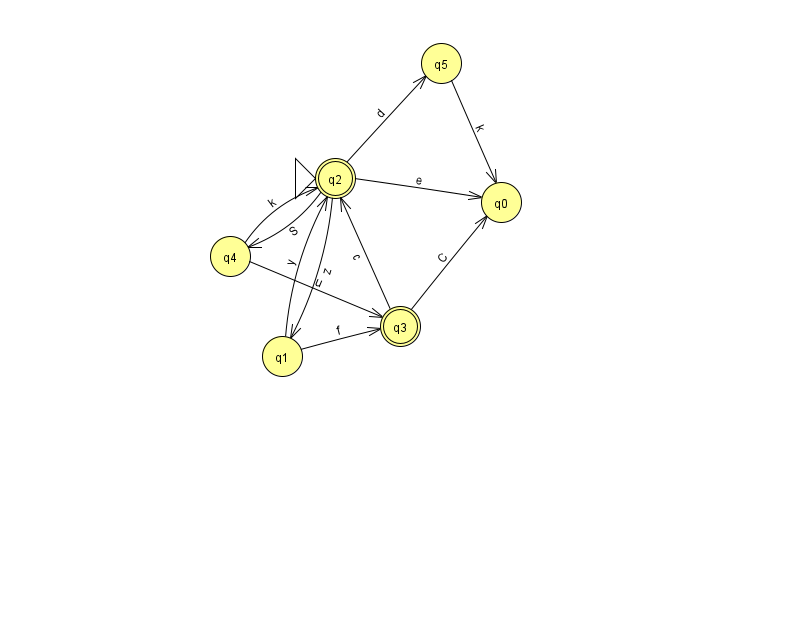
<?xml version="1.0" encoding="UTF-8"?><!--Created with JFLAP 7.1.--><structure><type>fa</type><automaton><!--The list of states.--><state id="0" name="q0"><x>501.0</x><y>189.0</y></state><state id="1" name="q1"><x>282.0</x><y>343.0</y></state><state id="2" name="q2"><x>335.0</x><y>165.0</y><initial/><final/></state><state id="3" name="q3"><x>400.0</x><y>313.0</y><final/></state><state id="4" name="q4"><x>230.0</x><y>243.0</y></state><state id="5" name="q5"><x>441.0</x><y>50.0</y></state><!--The list of transitions.--><transition><from>2</from><to>4</to><read>S</read></transition><transition><from>2</from><to>5</to><read>d</read></transition><transition><from>1</from><to>3</to><read>f</read></transition><transition><from>2</from><to>0</to><read>e</read></transition><transition><from>2</from><to>1</to><read>z</read></transition><transition><from>1</from><to>2</to><read>y</read></transition><transition><from>3</from><to>2</to><read>c</read></transition><transition><from>3</from><to>0</to><read>C</read></transition><transition><from>4</from><to>2</to><read>k</read></transition><transition><from>4</from><to>3</to><read>u</read></transition><transition><from>5</from><to>0</to><read>k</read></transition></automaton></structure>